Report on the working of the Ranchi Indian Mental Hospital, Kanke, in Bihar and Orissa - 1930-1940
Year: 1930
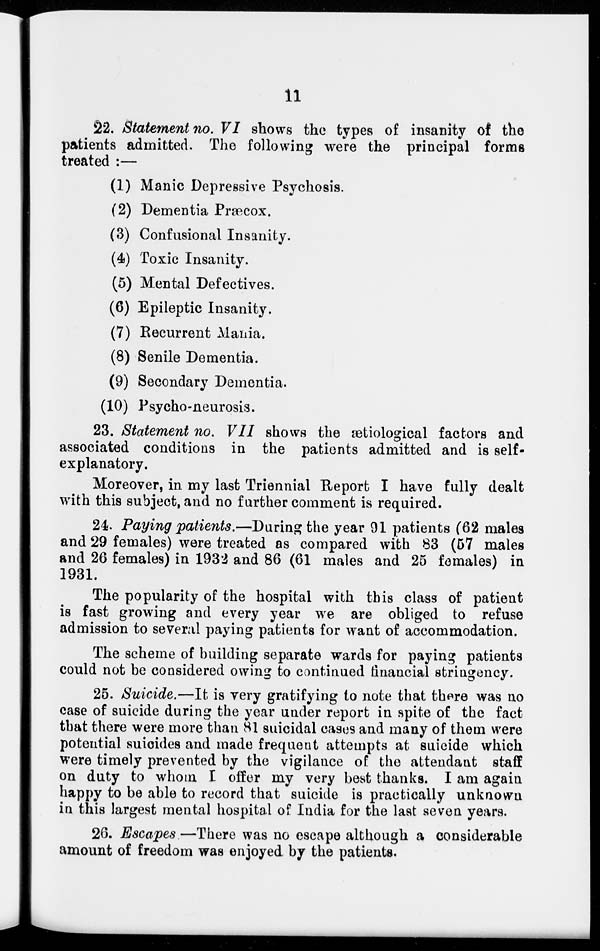
11
22. Statement no. VI shows the types of insanity of the
patients admitted. The following were the principal forms
treated :—
(1) Manic Depressive Psychosis.
(2) Dementia Præcox.
(3) Confusional Insanity.
(4) Toxic Insanity.
(5) Mental Defectives.
(6) Epileptic Insanity.
(7) Recurrent Mania.
(8) Senile Dementia.
(9) Secondary Dementia.
(10) Psycho-neurosis.
23. Statement no. VII shows the ætiological factors and
associated conditions in the patients admitted and is self-
explanatory.
Moreover, in my last Triennial Report I have fully dealt
with this subject, and no further comment is required.
24. Paying patients.—During the year 91 patients (62 males
and 29 females) were treated as compared with 83 (57 males
and 26 females) in 1932 and 86 (61 males and 25 females) in
1931.
The popularity of the hospital with this class of patient
is fast growing and every year we are obliged to refuse
admission to several paying patients for want of accommodation.
The scheme of building separate wards for paying patients
could not be considered owing to continued financial stringency.
25. Suicide.—It is very gratifying to note that there was no
case of suicide during the year under report in spite of the fact
that there were more than 81 suicidal cases and many of them were
potential suicides and made frequent attempts at suicide which
were timely prevented by the vigilance of the attendant staff
on duty to whom I offer my very best thanks. I am again
happy to be able to record that suicide is practically unknown
in this largest mental hospital of India for the last seven years.
26. Escapes—There was no escape although a considerable
amount of freedom was enjoyed by the patients.